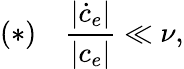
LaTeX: (*)\quad\frac{|\dot{c}_{e}|}{|c_{e}|}\ll\nu,